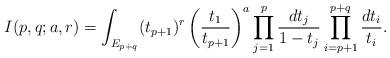
LaTeX: \begin{align*}I(p,q;a,r)=\int_{E_{p+q}}(t_{p+1})^r \left(\frac{t_1}{t_{p+1}}\right)^a \prod_{j=1}^p \frac{dt_j}{1-t_j} \prod_{i=p+1}^{p+q} \frac{dt_i}{t_i}.\end{align*}